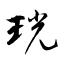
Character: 珖